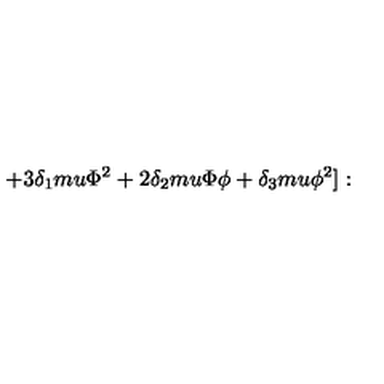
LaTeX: + 3 \delta _ { 1 } m u \Phi ^ { 2 } + 2 \delta _ { 2 } m u \Phi \phi + \delta _ { 3 } m u \phi ^ { 2 } ] :